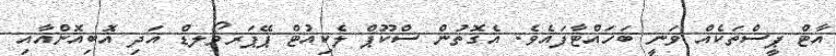
އާޓް ޕީސްތަކެއް ވަނީ ބަހައްޓާފައެވެ. އެގޮތުން ސްކޫޕް ލެކިއުޓް ޕޭޕަރވޯލޑް އަދި އޮބިއޮންއާއި